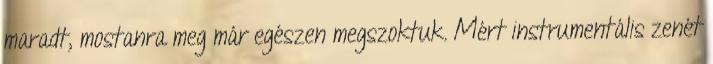
maradt, mostanra meg már egészen megszoktuk. Mért instrumentális zenét